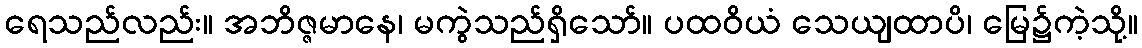
ရေသည်လည်း။ အဘိဇ္ဇမာနေ၊ မကွဲသည်ရှိသော်။ ပထဝိယံ သေယျထာပိ၊ မြေ၌ကဲ့သို့။